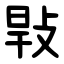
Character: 㪋